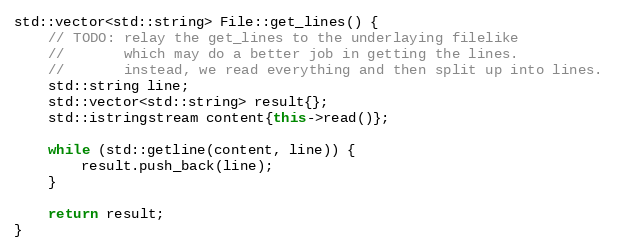
Language: C++
std::vector<std::string> File::get_lines() {
	// TODO: relay the get_lines to the underlaying filelike
	//       which may do a better job in getting the lines.
	//       instead, we read everything and then split up into lines.
	std::string line;
	std::vector<std::string> result{};
	std::istringstream content{this->read()};

	while (std::getline(content, line)) {
		result.push_back(line);
	}

	return result;
}